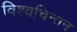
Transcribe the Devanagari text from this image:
विश्वचिन्तन